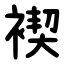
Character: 褉